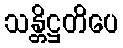
သန္တိဋ္ဌတိပေ